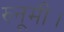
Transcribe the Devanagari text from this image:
रुनूमी।